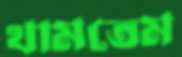
থামতেম